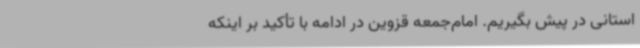
استانی در پیش بگیریم. امام‌جمعه قزوین در ادامه با تأکید بر اینکه